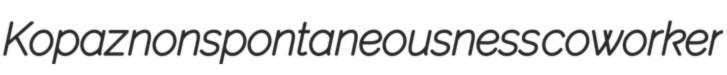
Kopaz nonspontaneousness coworker